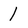
Character: 1